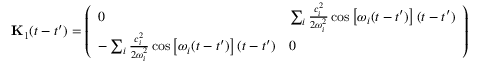
\mathbf { { K } } _ { 1 } ( t - t ^ { \prime } ) = \left( \begin{array} { l l } { 0 } & { \sum _ { i } \frac { c _ { i } ^ { 2 } } { 2 \omega _ { i } ^ { 2 } } \cos \left[ \omega _ { i } ( t - t ^ { \prime } ) \right] ( t - t ^ { \prime } ) } \\ { - \sum _ { i } \frac { c _ { i } ^ { 2 } } { 2 \omega _ { i } ^ { 2 } } \cos \left[ \omega _ { i } ( t - t ^ { \prime } ) \right] ( t - t ^ { \prime } ) } & { 0 } \end{array} \right)